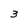
Character: 3